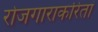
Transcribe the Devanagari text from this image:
रोजगाराकरितां